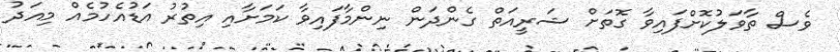
ވެސް ތާވަލުކޮށްފައިވާ ގޮތަށް ޝަރީއަތް ގެންދަން ނިންމާފައިވާ ކަމަށާއި އިތުރު އަޑުއެހުމެއް މިއަދު